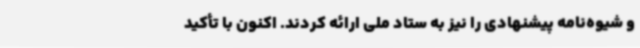
و شیوه‌نامه پیشنهادی را نیز به ستاد ملی ارائه کردند. اکنون با تأکید